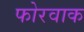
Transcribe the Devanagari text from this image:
फोरवाक